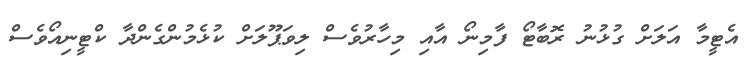
އެޓީމާ އަލަށް ގުޅުނު ރޮބާޓޯ ފާމިނޯ އާއި މިހާރުވެސް ލިވަޕޫލަށް ކުޅެމުންގެންދާ ކްޓީނިއޯވެސް